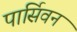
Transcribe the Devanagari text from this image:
पार्सिवन